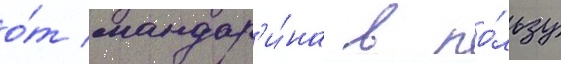
о́т мандар'и́на в по́льзу